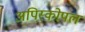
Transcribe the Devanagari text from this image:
अपिस्कोपल